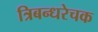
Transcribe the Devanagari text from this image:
त्रिबन्धरेचक